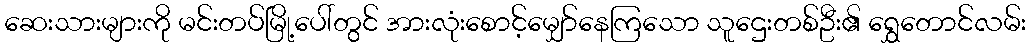
ဆေးသားများကို မင်းတပ်မြို့ပေါ်တွင် အားလုံးစောင့်မျှော်နေကြသော သူဌေးတစ်ဦး၏ ရွှေတောင်လမ်း